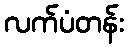
လက်ပံတန်း